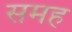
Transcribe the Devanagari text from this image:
समह